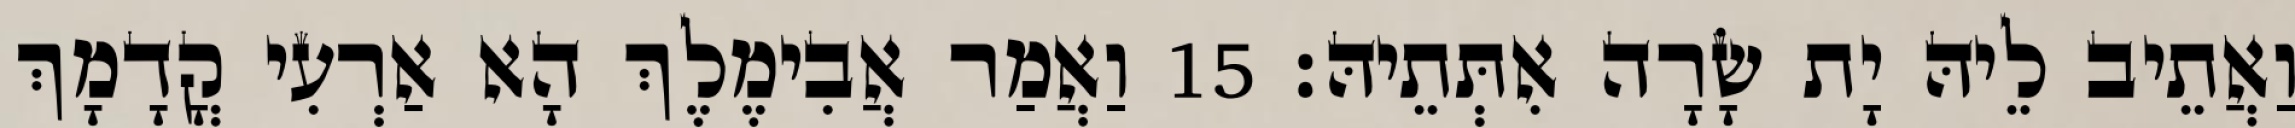
וַאֲתֵיב לֵיהּ יָת שָׂרָה אִתְּתֵיהּ׃ 15 וַאֲמַר אֲבִימֶלֶךְ הָא אַרְעִי קֳדָמָךְ